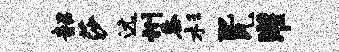
韶莎远州黍杉配瓦灌